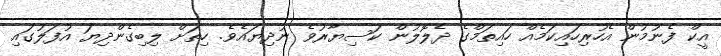
އީކް ފެނުމުން އެހުރިހައިކަމެއް ހައިތަމްގެ ދެލޮލުން ކަސިޔާރުވެ ނުދިޔައެވެ. ހިތަށް ލިބިގެންދިޔަ އުފަލުގައި